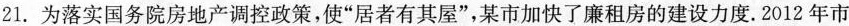
21.为落实国务院房地产调控政策，使”居者有其屋”，某市加快了廉租房的建设力度。2012年市